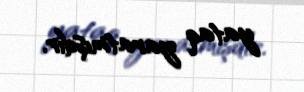
yataq yaratmışdır.